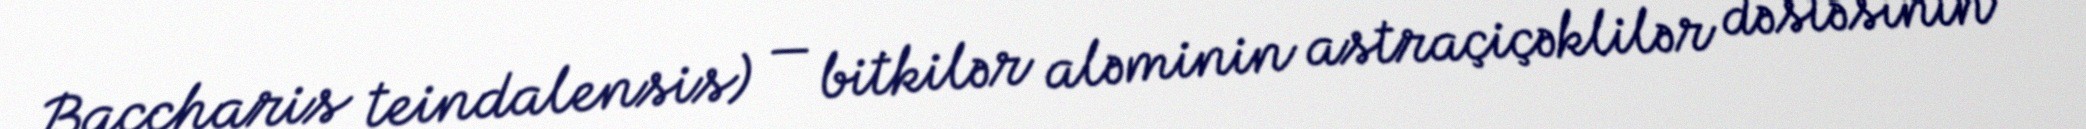
Baccharis teindalensis) — bitkilər aləminin astraçiçəklilər dəstəsinin